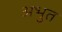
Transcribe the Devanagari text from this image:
अभुत